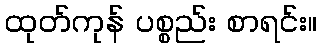
ထုတ်ကုန် ပစ္စည်း စာရင်း။